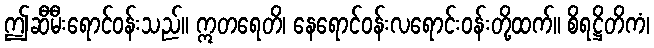
ဤဆီမီးရောင်ဝန်းသည်။ ဣတရေတိ၊ နေရောင်ဝန်းလရောင်းဝန်းတို့ထက်။ စိရဋ္ဌိတိကံ၊